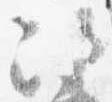
次